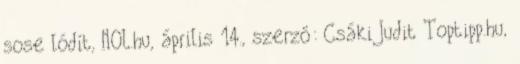
sose lódít, NOL.hu, április 14., szerző: Csáki Judit Toptipp.hu,